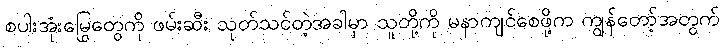
စပါးအုံးမြွေတွေကို ဖမ်းဆီး သုတ်သင်တဲ့အခါမှာ သူတို့ကို မနာကျင်စေဖို့က ကျွန်တော့်အတွက်